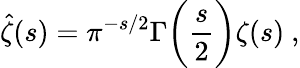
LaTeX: {\hat{\zeta}}(s)=\pi^{-s/2}\Gamma{\biggl(}{\frac{s}{2}}{\biggr)}\zeta(s)\ ,